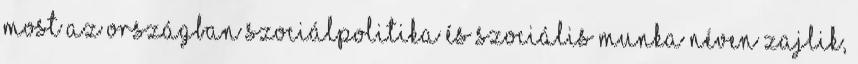
most az országban szociálpolitika és szociális munka néven zajlik,